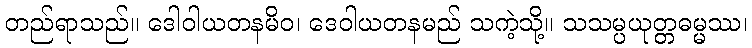
တည်ရာသည်။ ဒေါဝါယတနမိဝ၊ ဒေဝါယတနမည် သကဲ့သို့။ သသမ္ပယုတ္တဓမ္မဿ၊